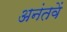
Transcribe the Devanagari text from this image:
अनंतवें